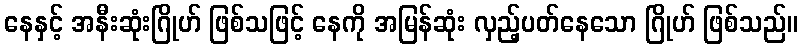
နေနှင့် အနီးဆုံးဂြိုဟ် ဖြစ်သဖြင့် နေကို အမြန်ဆုံး လှည့်ပတ်နေသော ဂြိုဟ် ဖြစ်သည်။